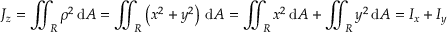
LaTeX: J _ { z } = \iint _ { R } \rho ^ { 2 } \, \mathrm { d } A = \iint _ { R } \left( x ^ { 2 } + y ^ { 2 } \right) \, \mathrm { d } A = \iint _ { R } x ^ { 2 } \, \mathrm { d } A + \iint _ { R } y ^ { 2 } \, \mathrm { d } A = I _ { x } + I _ { y }